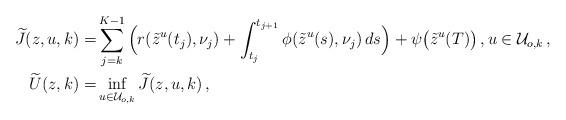
LaTeX: \begin{align*} \widetilde{J}(z,u,k) =& \sum_{j=k}^{K-1} \Big(r(\tilde{z}^{u}(t_j), \nu_j) +\int_{t_j}^{t_{j+1}} \phi(\tilde{z}^{u}(s), \nu_j)\, ds\Big) + \psi\big(\tilde{z}^{u}(T)\big) \,,u \in \mathcal{U}_{o, k}\,,\\ \widetilde{U}(z,k) =& \inf_{u \in \mathcal{U}_{o,k}} \widetilde{J}(z,u,k)\,,\end{align*}